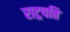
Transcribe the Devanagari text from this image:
राट्रपति